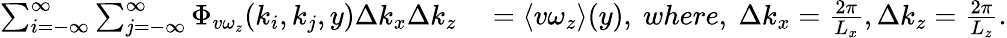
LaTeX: \begin{array}{rl}{\sum_{i=-\infty}^{\infty}\sum_{j=-\infty}^{\infty}\Phi_{v\omega_{z}}(k_{i},k_{j},y)\Delta k_{x}\Delta k_{z}}&{{}=\langle v\omega_{z}\rangle(y),\ where,\ \Delta k_{x}=\frac{2\pi}{L_{x}},\Delta k_{z}=\frac{2\pi}{L_{z}}.}\end{array}